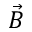
\vec { B }